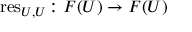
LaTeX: \operatorname { r e s } _ { U , U } \colon F ( U ) \rightarrow F ( U )